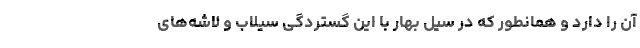
آن را دارد و همانطور که در سیل بهار با این گستردگی سیلاب و لاشه‌های